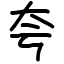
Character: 夸